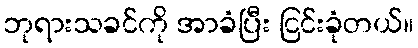
ဘုရားသခင်ကို အာခံပြီး ငြင်းခုံတယ်။